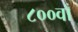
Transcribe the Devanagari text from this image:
८००वाँ